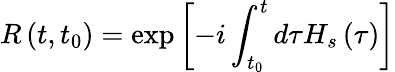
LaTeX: R\left(t,t_{0}\right)=\exp\left[-i\int_{t_{0}}^{t}d\tau H_{s}\left(\tau\right)\right]